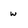
Character: w